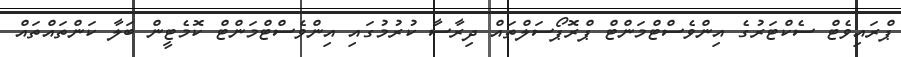
ޕްރައިވެޓް ސެކްޓަރުގެ އިންވެސްޓްމަންޓް ޕްރޮޕޯސަލްތައް ދިރާސާ ކުރުމުގައި އިންވެސްޓްމަންޓް ކޮމެޓީން ބަލާ ކަންތައްތައް